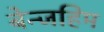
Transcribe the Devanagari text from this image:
बेन्जहिम